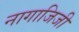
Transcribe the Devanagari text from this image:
नागाजिजी